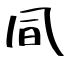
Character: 凬